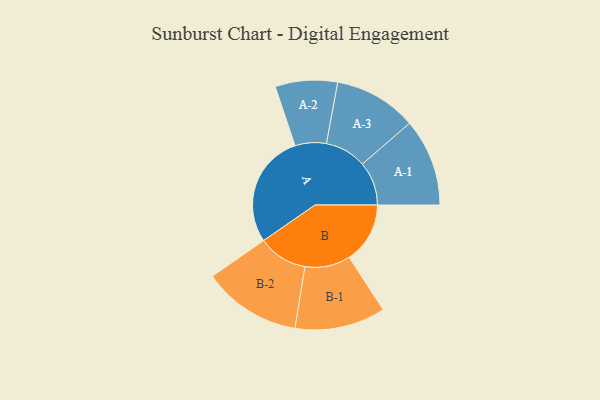
{"axis": {"x": "Segment", "y": "Value"}, "legend": ["", "A", "B"], "data": [{"x": "A", "y": 431, "type": ""}, {"x": "B", "y": 231, "type": ""}, {"x": "A-1", "y": 166, "type": "A"}, {"x": "A-2", "y": 118, "type": "A"}, {"x": "A-3", "y": 157, "type": "A"}, {"x": "B-1", "y": 172, "type": "B"}, {"x": "B-2", "y": 187, "type": "B"}]}